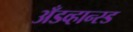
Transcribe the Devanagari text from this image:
अँडव्हान्स्ड